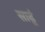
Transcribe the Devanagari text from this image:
साढूं